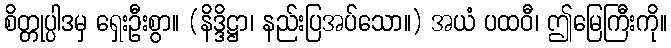
စိတ္တုပ္ပါဒမှ ရှေးဦးစွာ။ (နိဒ္ဒိဋ္ဌာ၊ နည်းပြအပ်သော။) အယံ ပထဝီ၊ ဤမြေကြီးကို။